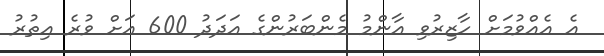
އެ އެއްވުމަށް ހާޒިރުވި އާންމު މެންބަރުންގެ އަދަދު 600 އަށް ވުރެ އިތުރު